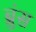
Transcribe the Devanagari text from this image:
ब्रुंस